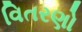
વિતરણો